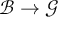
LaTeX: { \mathcal { B } } \to { \mathcal { G } }